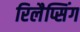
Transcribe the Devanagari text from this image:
रिलैप्सिंग